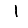
Digit: 1